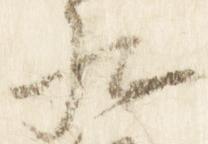
九